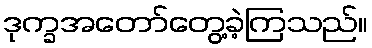
ဒုက္ခအတော်တွေ့ခဲ့ကြသည်။